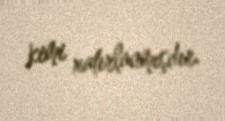
kimi xatırlanmışdır.